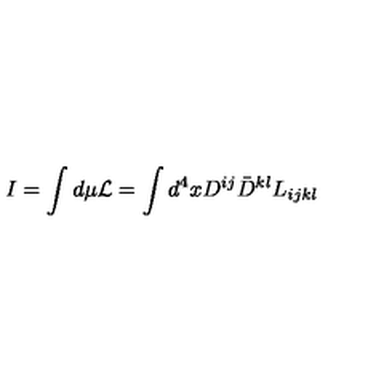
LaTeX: I = \int d \mu { \cal L } = \int d ^ { 4 } x D ^ { i j } \bar { D } ^ { k l } L _ { i j k l }